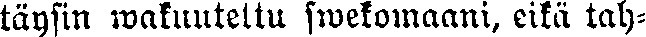
täysin wakuutettu swekomaani, eikä tah-